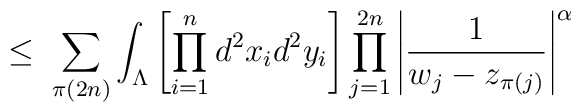
\leq \;\sum_{\pi(2n)}\int_{\Lambda} \left[ \prod_{i=1}^{n}d^2x_{i} d^2y_{i}  \right]\prod_{j=1}^{2n} \Bigg| \frac{1}{w_j - z_{\pi(j)}} \Bigg|^\alpha